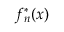
f _ { n } ^ { * } ( x )